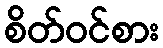
စိတ်ဝင်စား